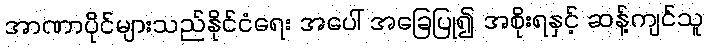
အာဏာပိုင်များသည်နိုင်ငံရေး အပေါ် အခြေပြု၍ အစိုးရနှင့် ဆန့်ကျင်သူ